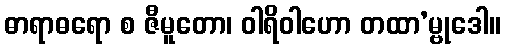
ဓာရာဓရော စ ဇီမူတော၊ ဝါရိဝါဟော တထာ’မ္ဗုဒေါ။